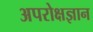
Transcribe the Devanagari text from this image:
अपरोक्षज्ञान